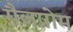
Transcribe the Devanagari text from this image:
गैजप्रोम